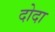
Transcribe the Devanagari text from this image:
दोदा